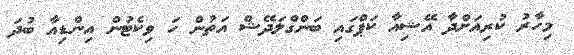
މިހާރު ކުރިއަށްދާ އޭޝިއާ ކަޕްގައި ބަންގްލަދޭޝް އަތުން ހަ ވިކެޓުން އިންޑިއާ ބުދަ